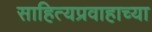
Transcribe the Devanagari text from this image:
साहित्यप्रवाहाच्या